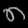
Digit: ၈